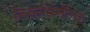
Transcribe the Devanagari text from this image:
निसर्गप्रेमींना